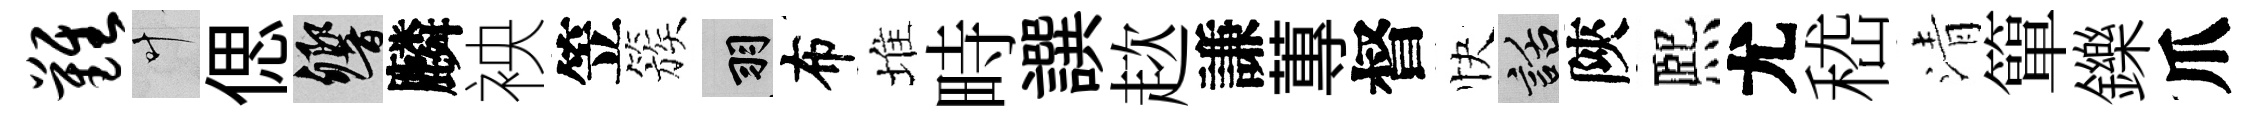
难叶偲響麟䘧笠簇羽布堆畤譔趑謙蓴督快話陝熈尤嵇清簞鑠爪